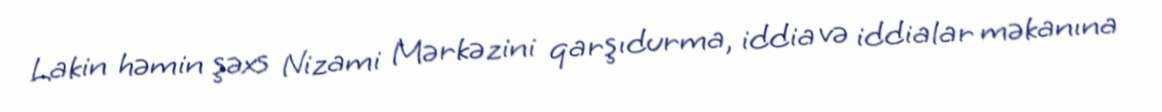
Lakin həmin şəxs Nizami Mərkəzini qarşıdurma, iddia və iddialar məkanına